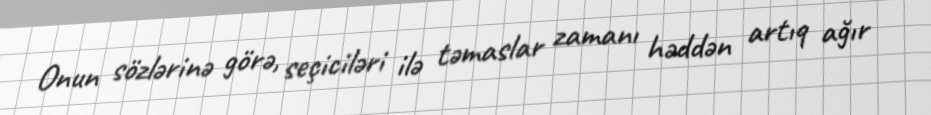
Onun sözlərinə görə, seçiciləri ilə təmaslar zamanı həddən artıq ağır